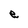
Character: e